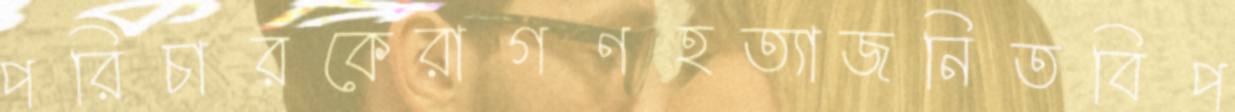
পরিচারকেরাগণহত্যাজনিতবিপ